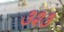
૩૨૩